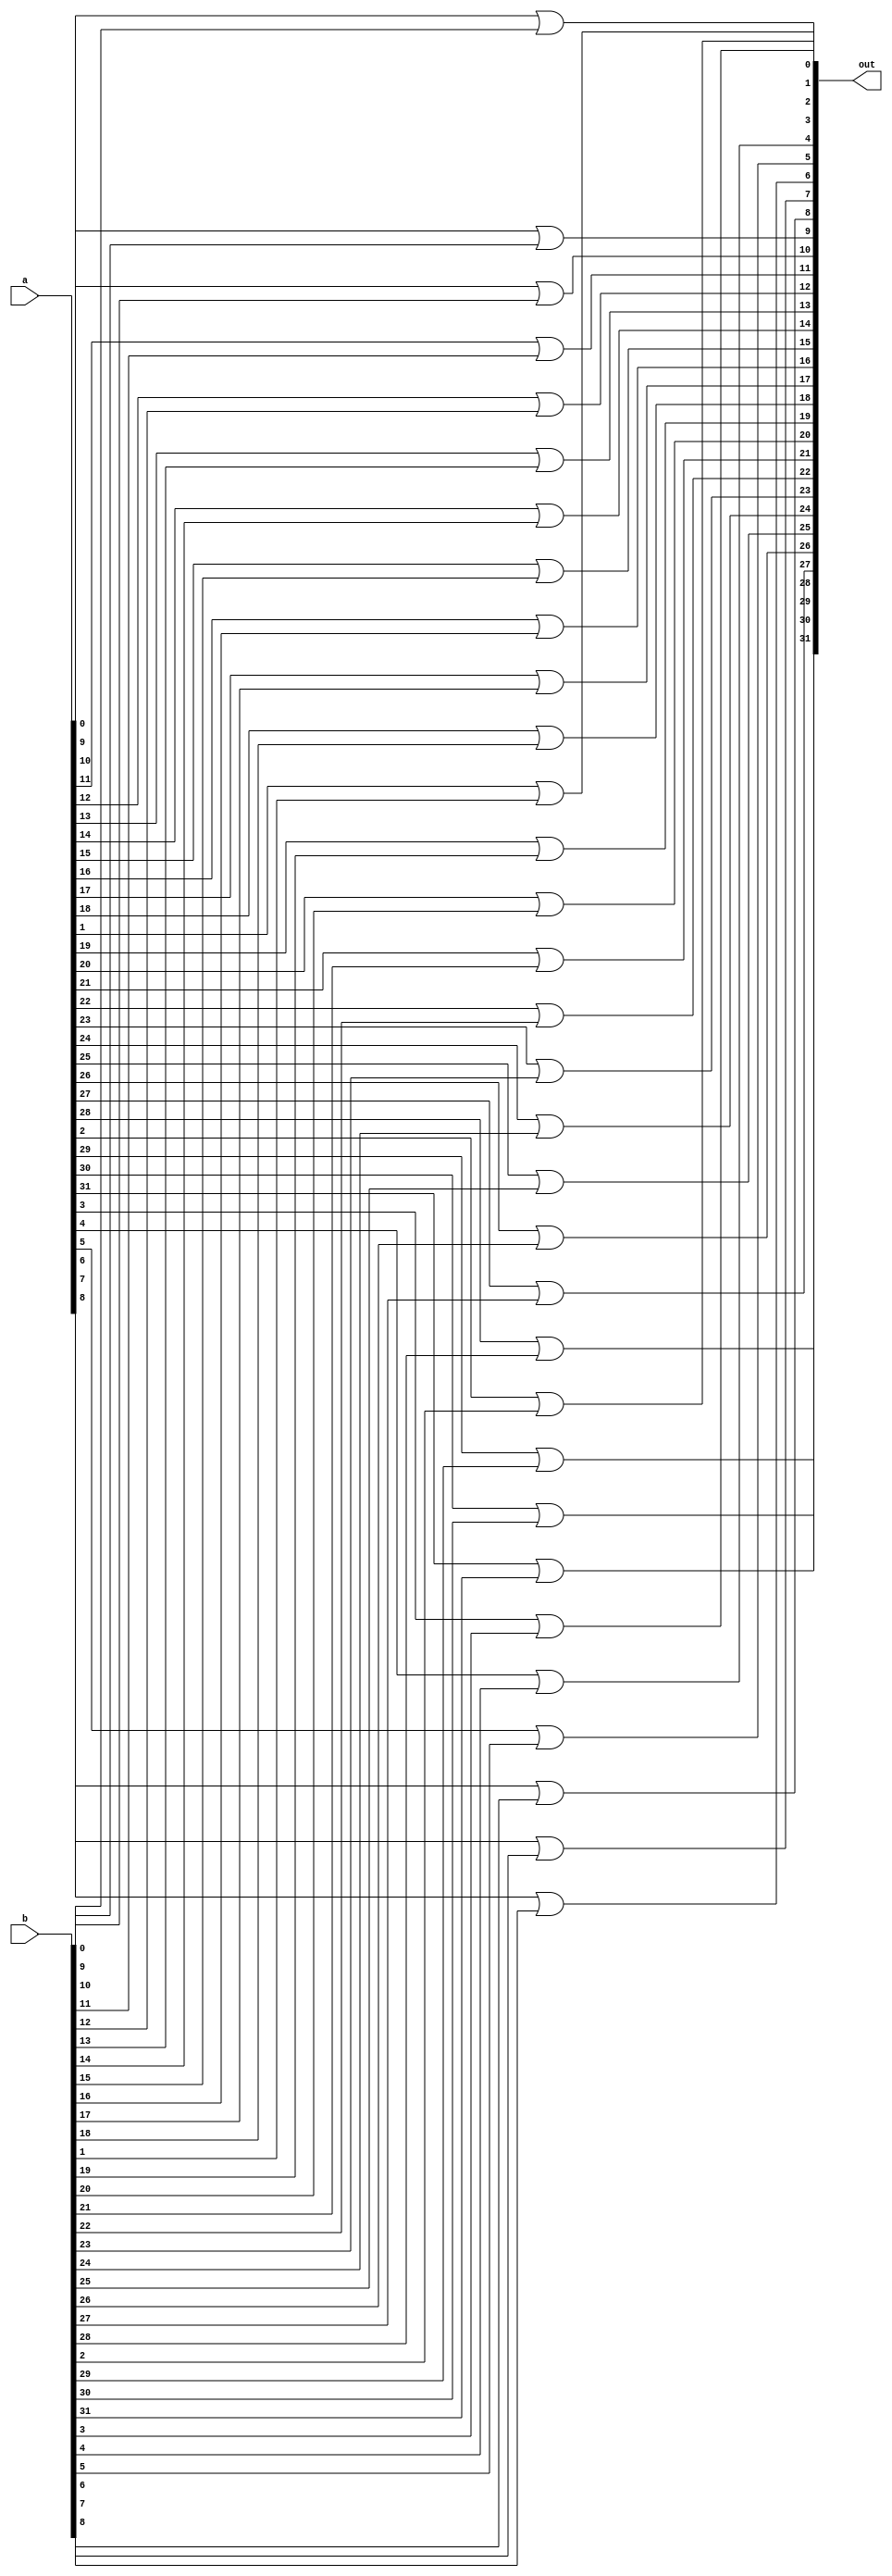
module or32(a, b, out);
	input [31:0] a, b;
	output [31:0] out;
	generate
		genvar i;
		for (i = 0; i < 32; i = i + 1)
			begin : gen
				or my_or(out[i], a[i], b[i]);
			end
	endgenerate
endmodule